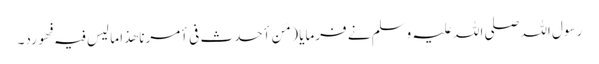
رسول اللہ صلی اللہ علیہ وسلم نے فرمایا ( مَن أحدث فی أمرنا ھذا ما لیس فیہ فھو رد۔